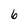
Character: 6